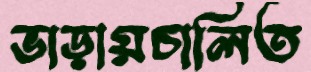
ভাড়ায়চালিত